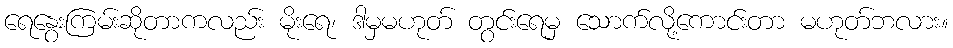
ရေနွေးကြမ်းဆိုတာကလည်း မိုးရေ၊ ဒါမှမဟုတ် တွင်းရေမှ သောက်လို့ကောင်းတာ မဟုတ်ဘလား။